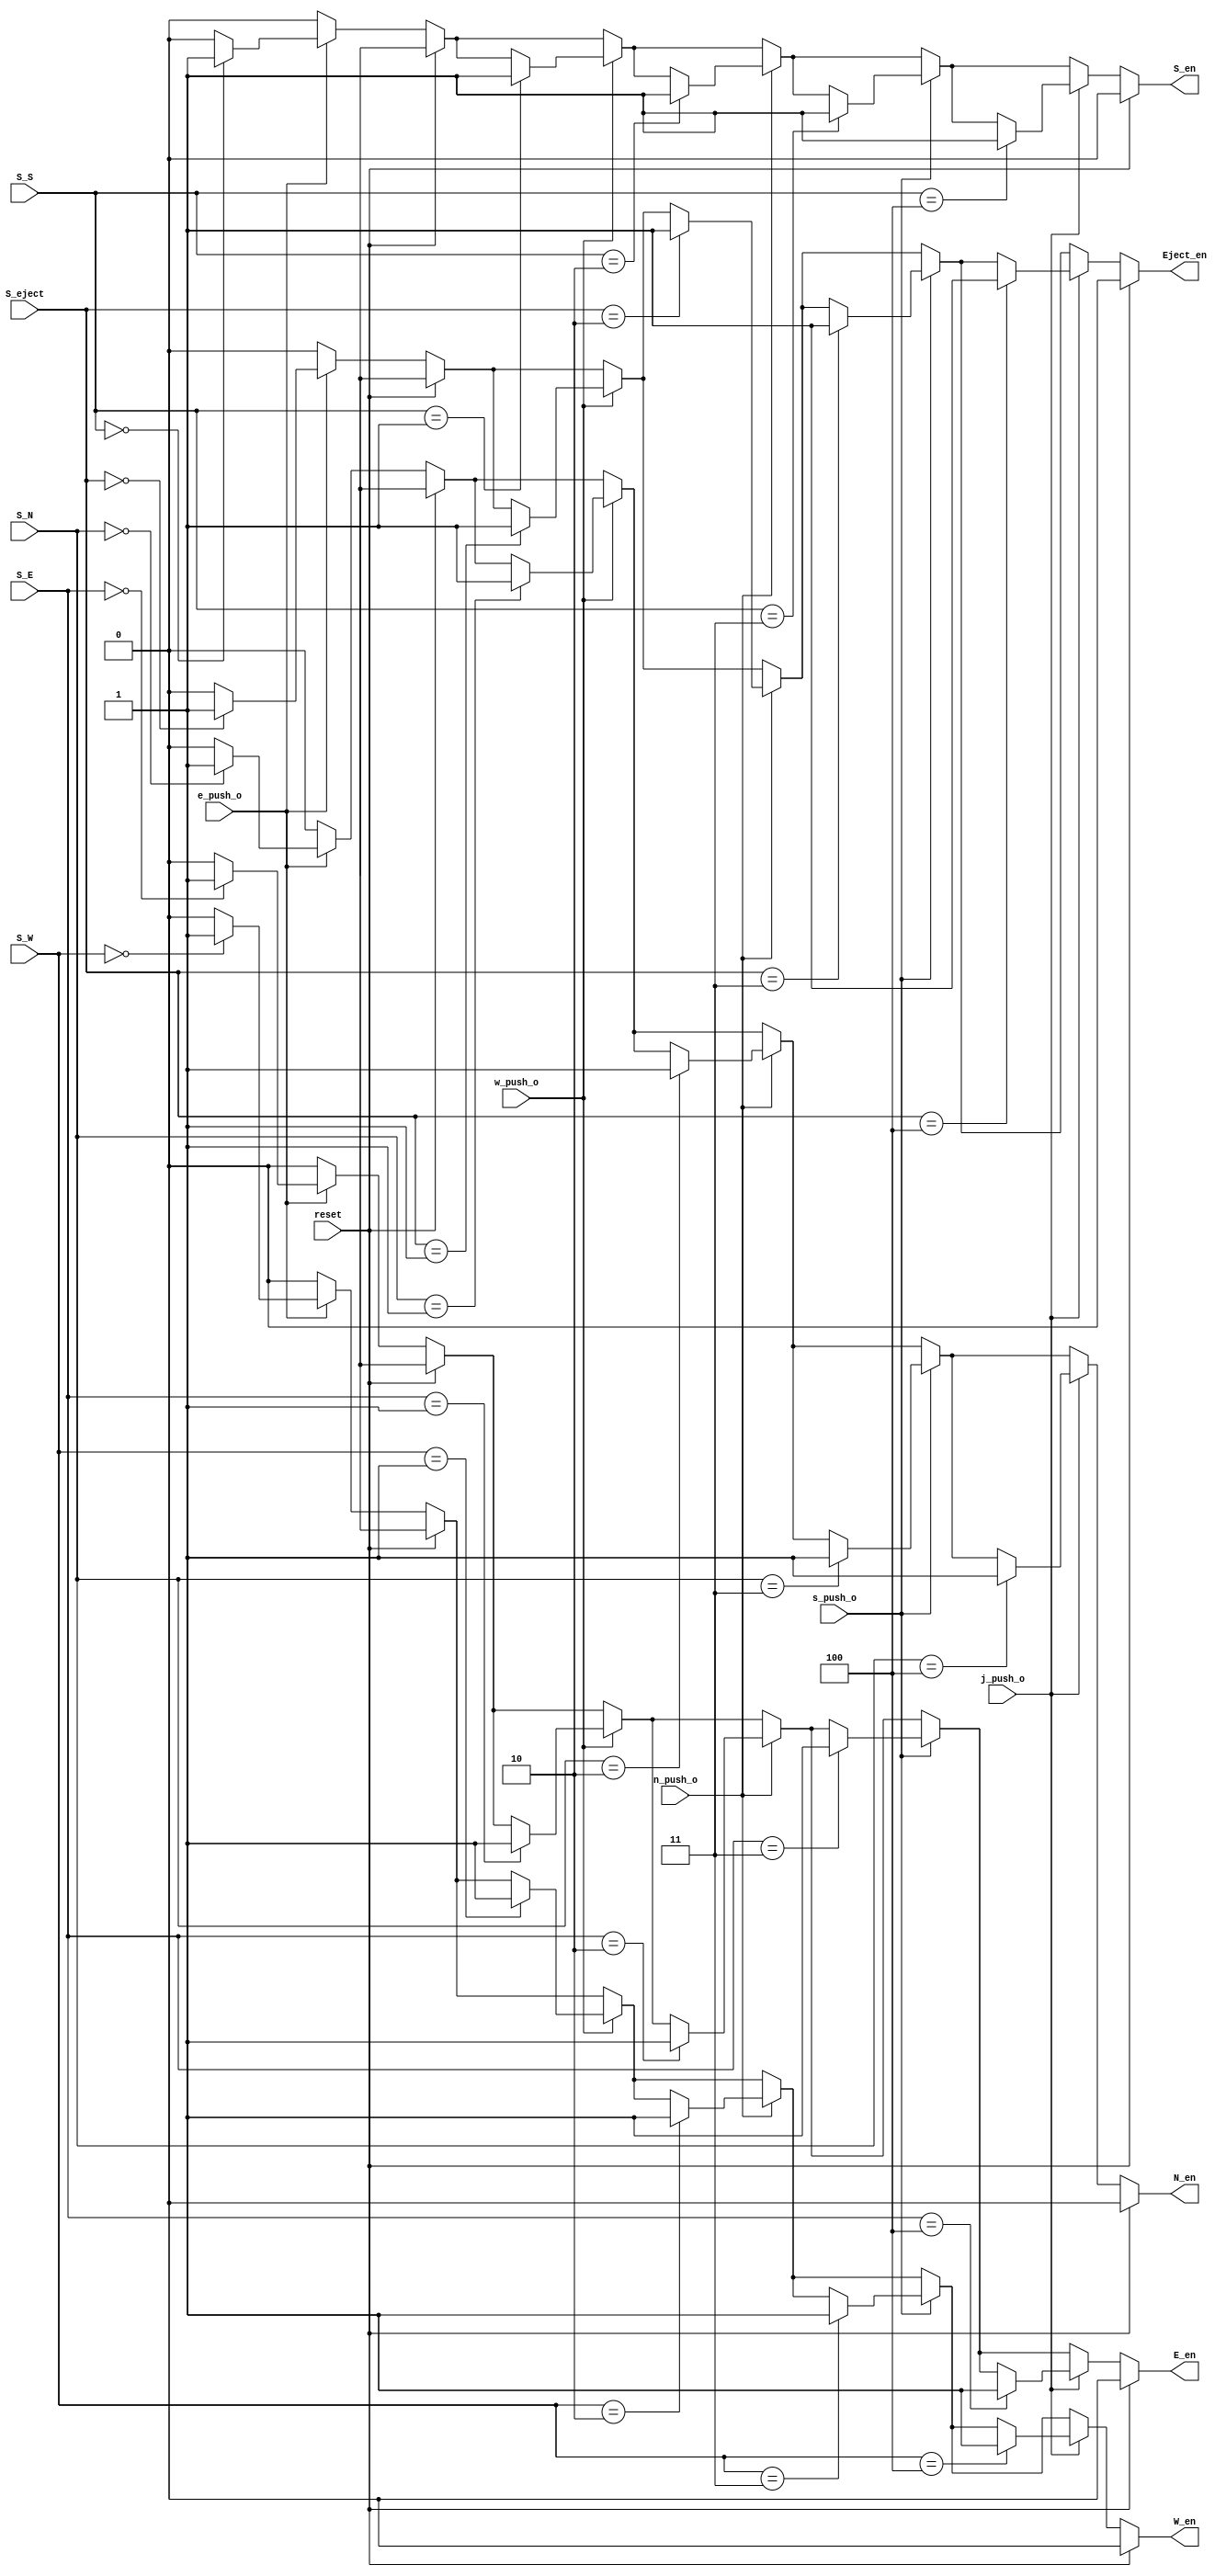
module out_en_gen (output reg E_en, W_en, N_en, S_en, Eject_en, 
                   input [2:0] S_E, S_W, S_N, S_S, S_eject, 
				   input e_push_o, w_push_o, n_push_o, s_push_o, j_push_o, input reset);
				   
  always @(*)
  begin
	if (reset)
		{E_en, W_en, N_en, S_en, Eject_en} = 5'b0; 
	else
	begin 
		{E_en, W_en, N_en, S_en, Eject_en} = 5'b0; 	
		if(e_push_o == 1)
		begin
		  if(S_E == 3'b000)
			E_en = 1;
		  if(S_W == 3'b000)
			W_en = 1;
		  if(S_N == 3'b000)
			N_en = 1;
		  if(S_S == 3'b000)
			S_en = 1;
		  if(S_eject == 3'b000)
			Eject_en = 1;
		end
		if(w_push_o == 1)
		begin
		  if(S_E == 3'b001)
			E_en = 1;
		  if(S_W == 3'b001)
			W_en = 1;
		  if(S_N == 3'b001)
			N_en = 1;
		  if(S_S == 3'b001)
			S_en = 1;
		  if(S_eject == 3'b001)
			Eject_en = 1;
		end
		if(n_push_o == 1)
		begin
		  if(S_E == 3'b010)
			E_en = 1;
		  if(S_W == 3'b010)
			W_en = 1;
		  if(S_N == 3'b010)
			N_en = 1;
		  if(S_S == 3'b010)
			S_en = 1;
		  if(S_eject == 3'b010)
			Eject_en = 1;
		end
		if(s_push_o == 1)
		begin
		  if(S_E == 3'b011)
			E_en = 1;
		  if(S_W == 3'b011)
			W_en = 1;
		  if(S_N == 3'b011)
			N_en = 1;
		  if(S_S == 3'b011)
			S_en = 1;
		  if(S_eject == 3'b011)
			Eject_en = 1;
		end
		if(j_push_o == 1)
		begin
		  if(S_E == 3'b100)
			E_en = 1;
		  if(S_W == 3'b100)
			W_en = 1;
		  if(S_N == 3'b100)
			N_en = 1;
		  if(S_S == 3'b100)
			S_en = 1;
		  if(S_eject == 3'b100)
			Eject_en = 1;
		end
	end
  end
  
  
  
  
endmodule